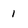
Character: 1